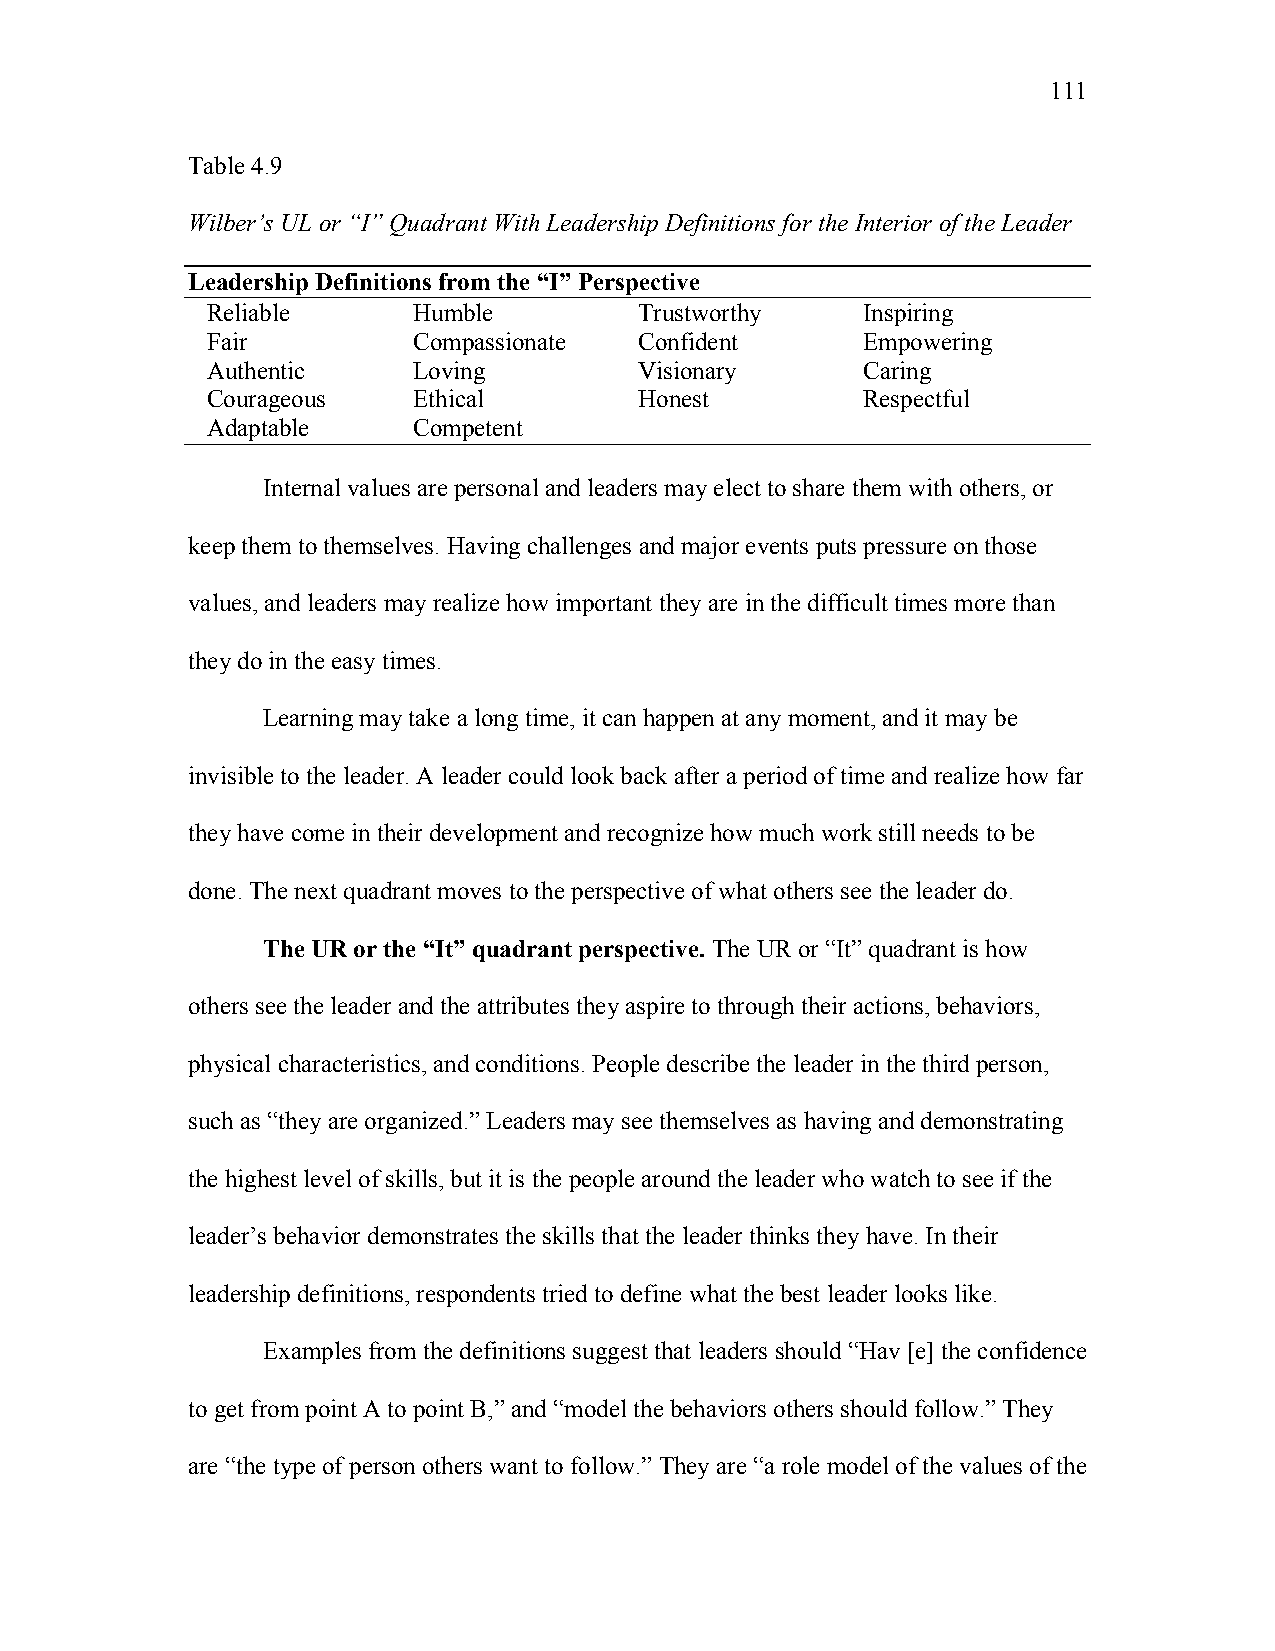
111
 Table 4.9
 Wilber’s UL or “I” Quadrant With Leadership Definitions for the Interior of the Leader
 Leadership Definitions from the “I” Perspective
 Reliable     Humble         Trustworthy    Inspiring
 Fair         Compassionate  Confident      Empowering
 Authentic    Loving         Visionary      Caring
 Courageous   Ethical        Honest         Respectful
 Adaptable    Competent
 Internal values are personal and leaders may elect to share them with others, or
 keep them to themselves. Having challenges and major events puts pressure on those
 values, and leaders may realize how important they are in the difficult times more than
 they do in the easy times.
 Learning may take a long time, it can happen at any moment, and it may be
 invisible to the leader. A leader could look back after a period of time and realize how far
 they have come in their development and recognize how much work still needs to be
 done. The next quadrant moves to the perspective of what others see the leader do.
 The UR or the “It” quadrant perspective. The UR or “It” quadrant is how
 others see the leader and the attributes they aspire to through their actions, behaviors,
 physical characteristics, and conditions. People describe the leader in the third person,
 such as “they are organized.” Leaders may see themselves as having and demonstrating
 the highest level of skills, but it is the people around the leader who watch to see if the
 leader’s behavior demonstrates the skills that the leader thinks they have. In their
 leadership definitions, respondents tried to define what the best leader looks like.
 Examples from the definitions suggest that leaders should “Hav [e] the confidence
 to get from point A to point B,” and “model the behaviors others should follow.” They
 are “the type of person others want to follow.” They are “a role model of the values of the